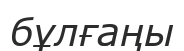
бұлғаңы